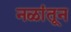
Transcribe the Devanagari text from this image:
नळांतून